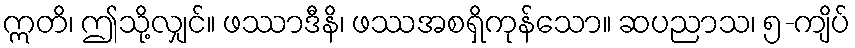
ဣတိ၊ ဤသို့လျှင်။ ဖဿာဒီနိ၊ ဖဿအစရှိကုန်သော။ ဆပညာသ၊ ၅-ကျိပ်